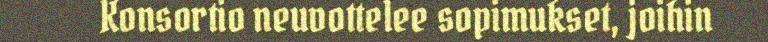
Konsortio neuvottelee sopimukset, joihin